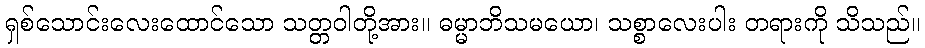
ရှစ်သောင်းလေးထောင်သော သတ္တဝါတို့အား။ ဓမ္မာဘိသမယော၊ သစ္စာလေးပါး တရားကို သိသည်။